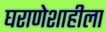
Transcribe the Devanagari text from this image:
घराणेशाहीला